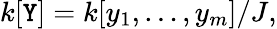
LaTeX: k[\mathtt{Y}]=k[y_{1},\dots,y_{m}]/J,